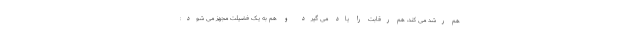
هم رشد می کند، هم رقابت را یاد می گیرد و هم به یک فضیلت مجهز می شود: